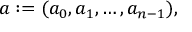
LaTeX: a : = ( a _ { 0 } , a _ { 1 } , \ldots , a _ { n - 1 } ) ,